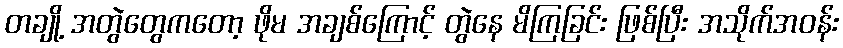
တချို့ အတွဲတွေကတော့ ဖိုမ အချစ်ကြောင့် တွဲနေ မိကြခြင်း ဖြစ်ပြီး အသိုက်အဝန်း